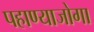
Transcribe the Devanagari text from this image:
पहाण्याजोगा